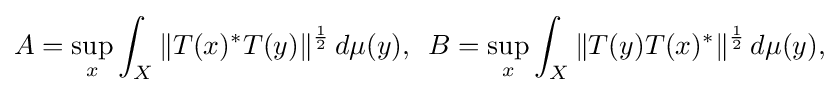
\displaystyle {A=\sup _{x}\int _{X}\|T(x)^{*}T(y)\|^{1 \over 2}\,d\mu (y),\,\,\,B=\sup _{x}\int _{X}\|T(y)T(x)^{*}\|^{1 \over 2}\,d\mu (y),}